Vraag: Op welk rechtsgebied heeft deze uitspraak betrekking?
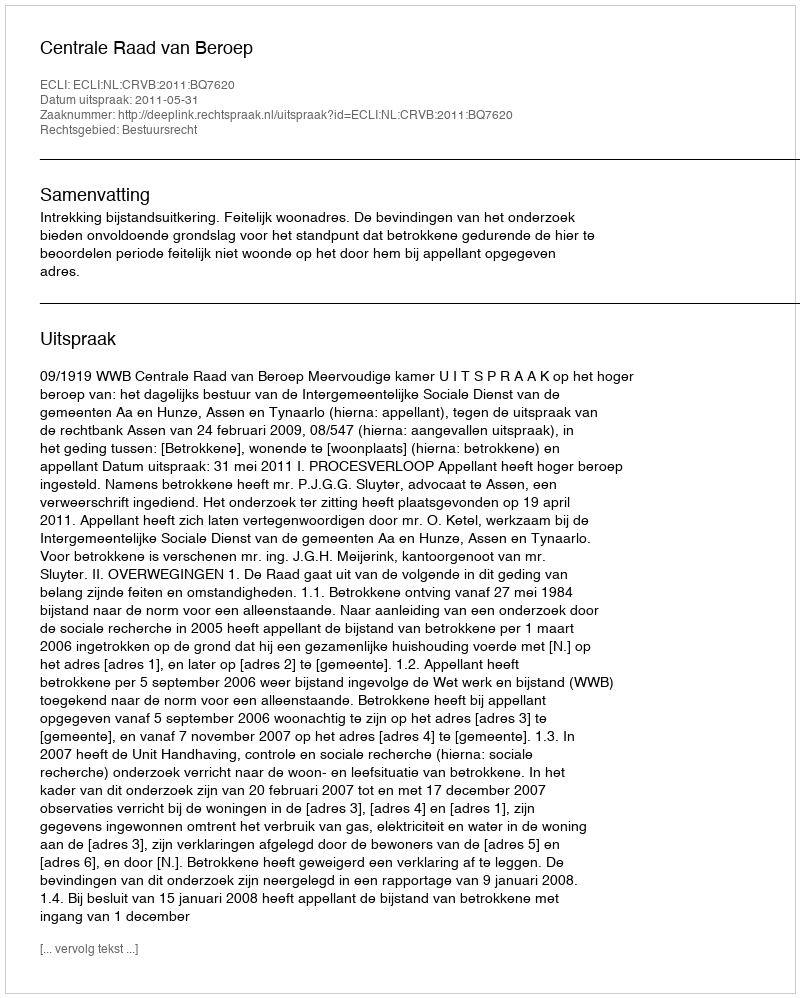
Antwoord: Bestuursrecht